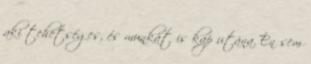
aki tehetséges, és munkát is kap utána. Én sem